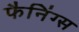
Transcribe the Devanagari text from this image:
फैनिंग्स